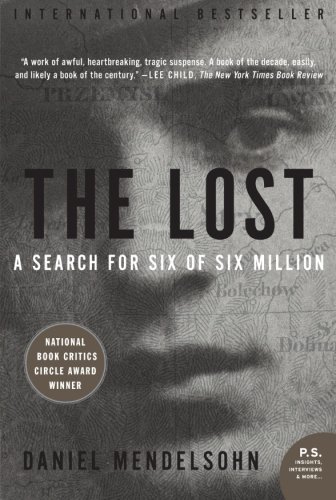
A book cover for The Lost: The Search for Six of Six Million (P.S.); Daniel Mendelsohn; Biographies & Memoirs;